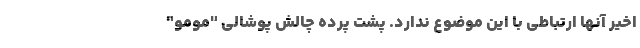
اخیر آنها ارتباطی با این موضوع ندارد. پشت پرده چالش پوشالی "مومو"